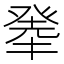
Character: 𤼳